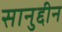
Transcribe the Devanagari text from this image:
सानुद्दीन